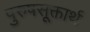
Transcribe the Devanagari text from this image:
पुरुषसूक्तार्थ